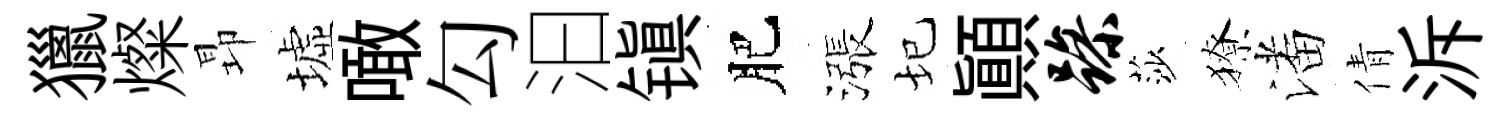
獵燦昻墟噉勾汩镇肥漲圮顛躁莎獠潘倩泝